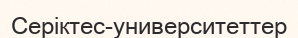
Серіктес-университеттер